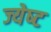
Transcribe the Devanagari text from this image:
ज्‍येष्‍ट